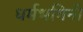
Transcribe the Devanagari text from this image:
धर्मभगिनी